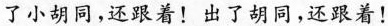
了小胡同，还跟着！出了胡同，还跟着！